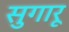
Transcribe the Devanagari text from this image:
सुगारू